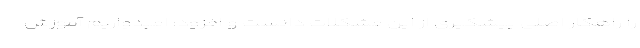
را راھکار اصلی پیشگیری از این مشکلات دانست و افزود: امیدواریم آموزش